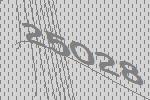
25028